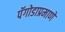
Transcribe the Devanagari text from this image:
पॅगोडाप्रमाणे